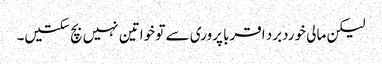
لیکن مالی خوردبرد اقربا پروری سے تو خواتین نہیں بچ سکتیں۔